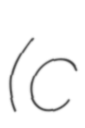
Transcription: (c